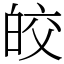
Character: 皎